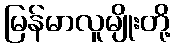
မြန်မာလူမျိုးတို့